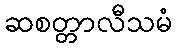
ဆစတ္တာလီသမံ